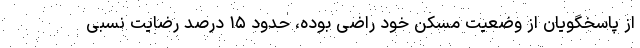
از پاسخگویان از وضعیت مسکن خود راضی بوده، حدود ۱۵ درصد رضایت نسبی